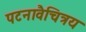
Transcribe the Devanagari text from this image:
पटनावैचित्रय